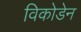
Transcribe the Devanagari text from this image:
विकोडेन